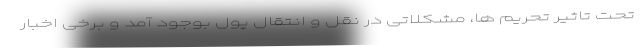
تحت تاثیر تحریم ها، مشکلاتی در نقل و انتقال پول بوجود آمد و برخی اخبار